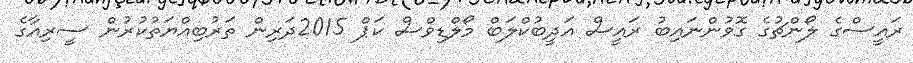
ރައީސްގެ ލޯންޗުގެ ގޮވުންނައިބު ރައީސް އަދީބުކްލަބް މޯލްޑިވްސް ކަޕް 2015ދަރިން ތަރުބިއްޔަތުކުރުން ސީރިއާގެ